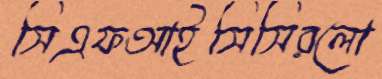
সিএফআইসিসিরলো